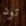
تود